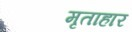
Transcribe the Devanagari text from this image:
मृताहार